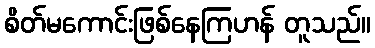
စိတ်မကောင်းဖြစ်နေကြဟန် တူသည်။